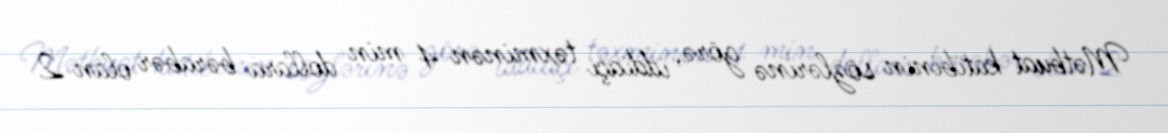
Mətbuat katibinin sözlərinə görə, iddiaçı təxminən 4 min dollara bərabər olan 2